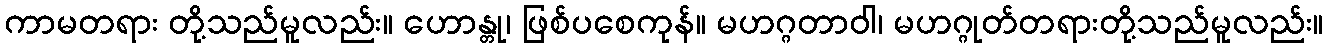
ကာမတရား တို့သည်မူလည်း။ ဟောန္တု၊ ဖြစ်ပစေကုန်။ မဟဂ္ဂတာဝါ၊ မဟဂ္ဂုတ်တရားတို့သည်မူလည်း။